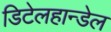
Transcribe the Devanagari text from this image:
डिटेलहान्डेल